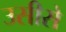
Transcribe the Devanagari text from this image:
उसीसे